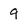
Character: 9